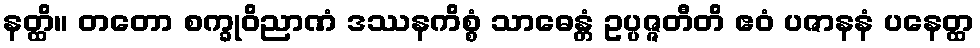
နတ္ထိ။ တတော စက္ခုဝိညာဏံ ဒဿနကိစ္စံ သာဓေန္တံ ဥပ္ပဇ္ဇတီတိ ဧဝံ ပဇာနနံ ပနေတ္ထ